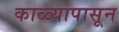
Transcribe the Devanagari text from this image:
काळ्यापासून